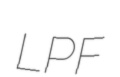
LPF